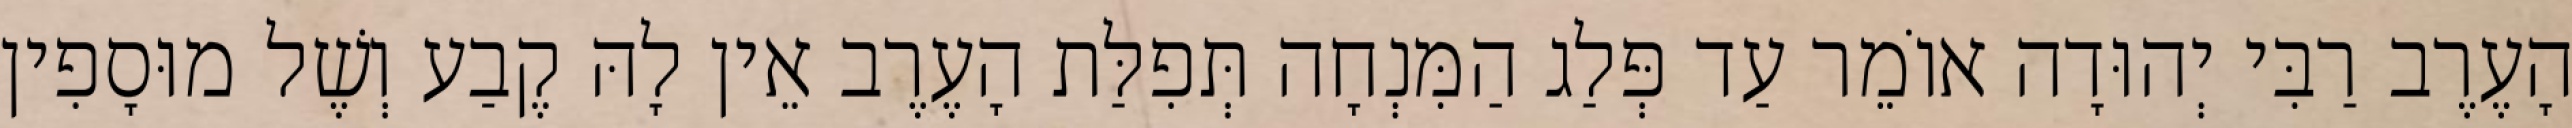
הָעֶרֶב רַבִּי יְהוּדָה אוֹמֵר עַד פְּלַג הַמִּנְחָה תְּפִלַּת הָעֶרֶב אֵין לָהּ קֶבַע וְשֶׁל מוּסָפִין